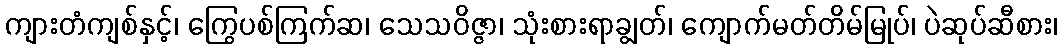
ကျားတံကျစ်နှင့်၊ ကြွေပစ်ကြက်ဆ၊ သေသဝိဇ္ဇာ၊ သုံးစားရာချွတ်၊ ကျောက်မတ်တိမ်မြုပ်၊ ပဲဆုပ်ဆီစား၊